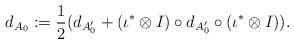
LaTeX: \begin{align*}d_{A_0}:=\frac{1}{2}(d_{A'_0}+(\iota^* \otimes I)\circ d_{A'_0}\circ (\iota^* \otimes I)). \end{align*}